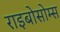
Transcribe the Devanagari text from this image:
राइबोसोम्स